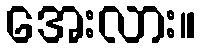
အေးလား။